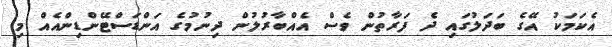
އެކަމަކު އޭގެ ބަދަލުގައި ދެ ފަރާތުން ވެސް އެއްބާރުލުން ދިނުމުގެ އަންޑަސްޓޭންޑިންއެއް މި